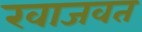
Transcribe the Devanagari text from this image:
खाजवत